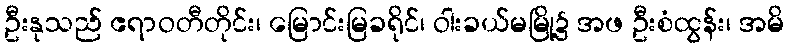
ဦးနုသည် ဧရာဝတီတိုင်း၊ မြောင်းမြခရိုင်၊ ဝါးခယ်မမြို့၌ အဖ ဦးစံထွန်း၊ အမိ